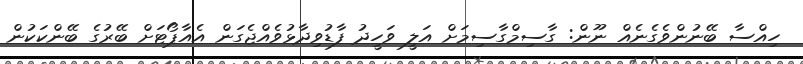
ހިއްސާ ބޭނުންވެގެނެއް ނޫން: ގާސިމްގާސިމަށް އަލީ ވަހީދު ފާޑުވިދާޅުވެއްޖެގަން އެއާޕޯޓަށް ބޭރުގެ ބޭންކަކުން